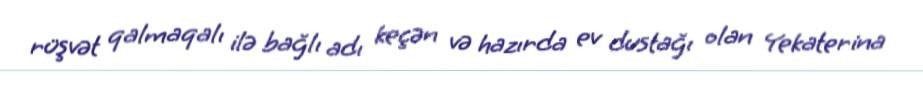
rüşvət qalmaqalı ilə bağlı adı keçən və hazırda ev dustağı olan Yekaterina